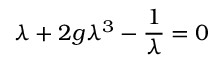
\lambda + 2 g \lambda ^ { 3 } - { \frac { 1 } { \lambda } } = 0